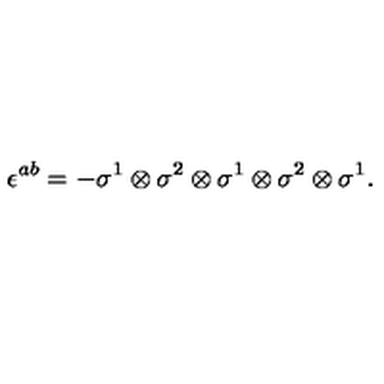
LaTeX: \epsilon ^ { a b } = - \sigma ^ { 1 } \otimes \sigma ^ { 2 } \otimes \sigma ^ { 1 } \otimes \sigma ^ { 2 } \otimes \sigma ^ { 1 } .